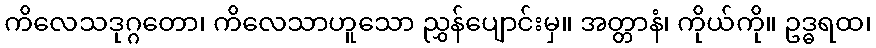
ကိလေသဒုဂ္ဂတော၊ ကိလေသာဟူသော ညွှန်ပျောင်းမှ။ အတ္တာနံ၊ ကိုယ်ကို။ ဥဒ္ဓရထ၊